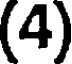
(4)